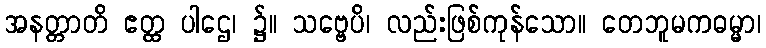
အနတ္တာတိ ဧတ္ထ ပါဌေ၊ ၌။ သဗ္ဗေပိ၊ လည်းဖြစ်ကုန်သော။ တေဘူမကဓမ္မာ၊